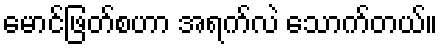
မောင်ဖြတ်စဟာ အရက်လဲ သောက်တယ်။